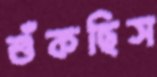
শুঁকছিস